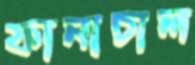
ফানাচাল